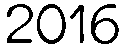
2016